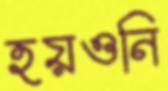
হয়ওনি